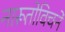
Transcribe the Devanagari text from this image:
नारूतोविचने